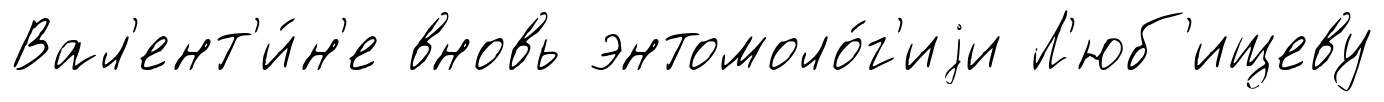
Вал'ент'и́н'е вновь энтомоло́г'иjи Л'юб'ищеву